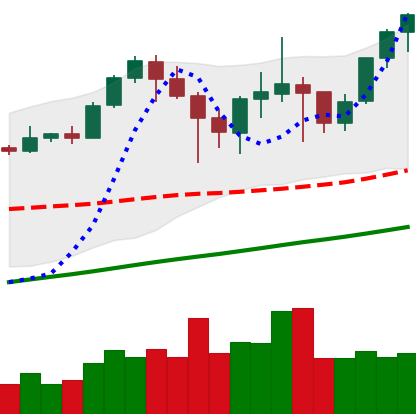
Ticker: ETH-USD
Chart end date: 2021-04-28
Forward return: 24.931%
Label: up_7plus